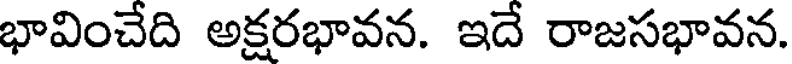
భావించేది అక్షరభావన. ఇదే రాజసభావన.